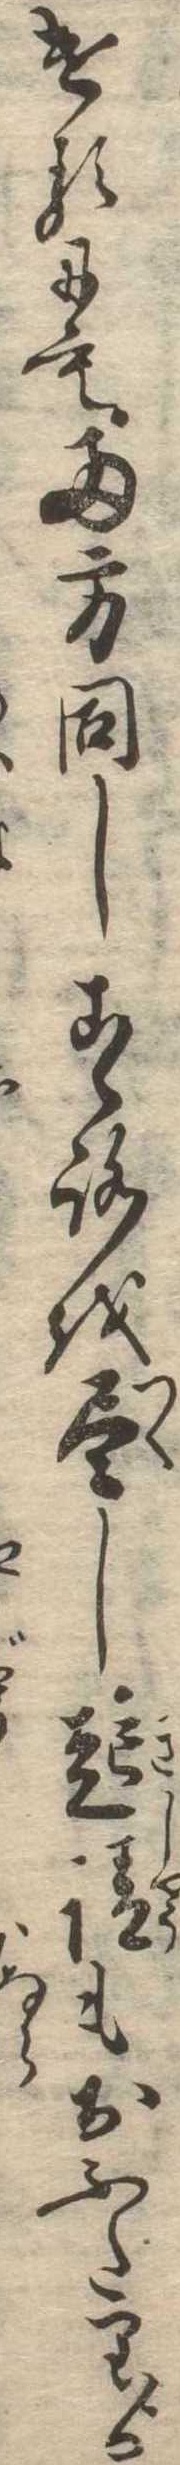
けるにも両方同しこゝろを尽し起請もおふたりゟ